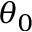
\theta _ { 0 }